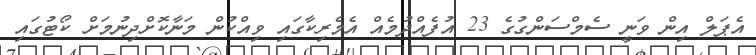
އެޕަލް އިން ވަނީ ސެމްސަންގުގެ 23 އުފެއްދުމެއް އެމެރިކާގައި ވިއްކުން މަނާކޮށްދިނުމަށް ކޯޓުގައި